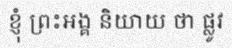
ខ្ញុំ ព្រះអង្គ និយាយ ថា ផ្លូវ